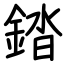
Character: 錔